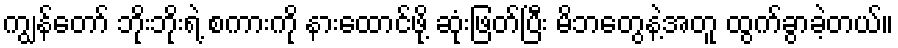
ကျွန်တော် ဘိုးဘိုးရဲ့ စကားကို နားထောင်ဖို့ ဆုံးဖြတ်ပြီး မိဘတွေနဲ့အတူ ထွက်ခွာခဲ့တယ်။